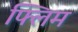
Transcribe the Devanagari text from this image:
फ्लिम